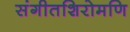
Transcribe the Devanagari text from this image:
संगीतशिरोमणि